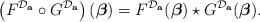
LaTeX: \begin{align*}\left( F^{\mathcal{D}_\mathbf{a}} \circ G^{\mathcal{D}_\mathbf{a}} \right) (\boldsymbol\beta) = F^{\mathcal{D}_\mathbf{a}}(\boldsymbol\beta) \star G^{\mathcal{D}_\mathbf{a}}(\boldsymbol\beta) .\end{align*}